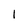
Character: 1